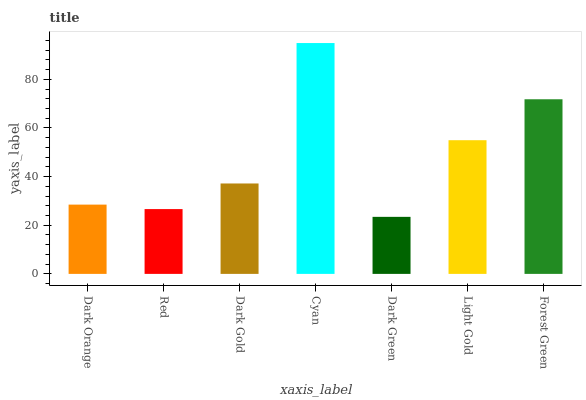
| xaxis_label | bars |
 | --- | --- |
 | Dark Orange | 28.5 |
 | Red | 26.7 |
 | Dark Gold | 37.2 |
 | Cyan | 94.9 |
 | Dark Green | 23.5 |
 | Light Gold | 55 |
 | Forest Green | 71.8 |